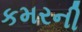
કમરની